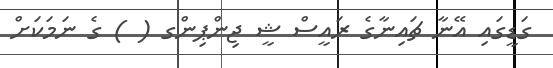
ގަޑީގައި އޭނާ ޗައިނާގެ ރައީސް ޝީ ޖިންޕިންގ ( ) ގެ ނަމަކަށް